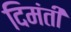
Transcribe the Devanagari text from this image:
दिमंती